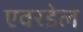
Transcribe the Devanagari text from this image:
एवरडेल